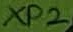
Text: XP2